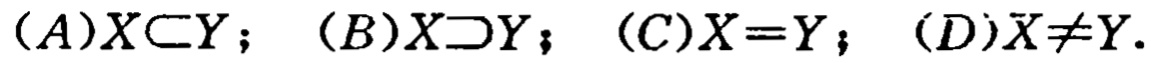
\((A)X\subset Y;\ (B)X\supset Y;\ (C)X = Y;\ (D)X\neq Y.\)